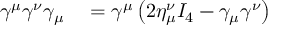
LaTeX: \begin{array} { r l } { \gamma ^ { \mu } \gamma ^ { \nu } \gamma _ { \mu } } & { { } = \gamma ^ { \mu } \left( 2 \eta _ { \mu } ^ { \nu } I _ { 4 } - \gamma _ { \mu } \gamma ^ { \nu } \right) } \end{array}